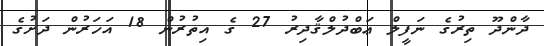
ދާންދޫ ތިރުގެ ނަފީލް ޢަބްދުލްޤާދިރު 27 ގެ އިތުރުން 18 އަހަރުން ދަށުގެ